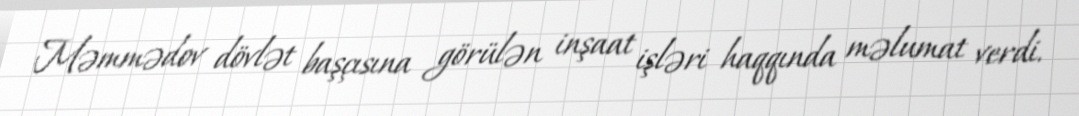
Məmmədov dövlət başçısına görülən inşaat işləri haqqında məlumat verdi.